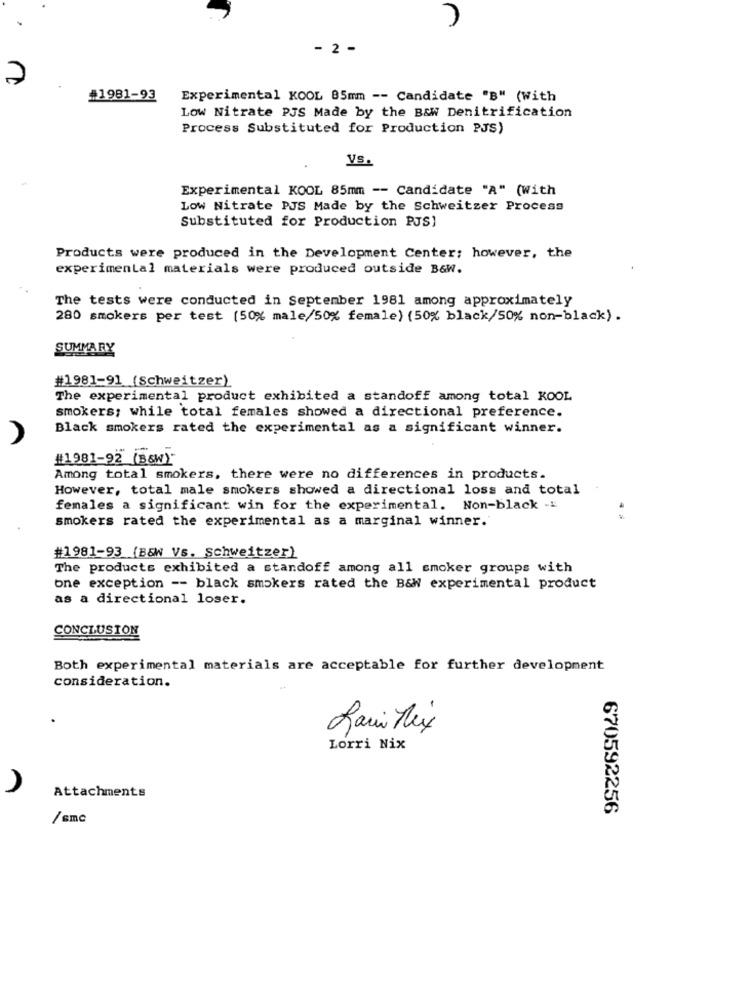
.
- 2 -
#1981-93
Experimental KOOL 85mm -- Candidate "B" (With
Low Nitrate PJS Made by the B&W Denitrification
Process Substituted for Production PJS)
Vs.
Experimental KOOL 85mm -- Candidate "A" (With
Low Nitrate PJS Made by the Schweitzer Process
Substituted for Production PJS)
Products were produced in the Development Center; however, the
experimental materials were produced outside B&W.
The tests were conducted in September 1981 among approximately
280 smokers per test (50% male/50% female) (50% black/50% non-black) .
SUMMARY
#1981-91 (Schweitzer)
The experimental product exhibited a standoff among total KOOL
smokers; while total females showed a directional preference.
Black smokers rated the experimental as a significant winner.
#1981-92 (B&W).
Among total smokers, there were no differences in products.
However, total male smokers showed a directional loss and total
females a significant win for the experimental. Non-black -4
smokers rated the experimental as a marginal winner.'
#1981-93 (B&W Vs. Schweitzer)
The products exhibited a standoff among all smoker groups with
one exception -- black smokers rated the B&W experimental product
as a directional loser.
CONCLUSION
Both experimental materials are acceptable for further development
consideration.
Lorri Nix
Attachments
670592256
/smc